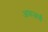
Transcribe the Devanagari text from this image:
अफ़ज़ाई